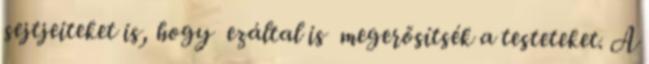
sejtjeiteket is, hogy ezáltal is megerősítsék a testeteket. A